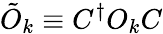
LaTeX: \tilde{O}_{k}\equiv C^{\dagger}O_{k}C